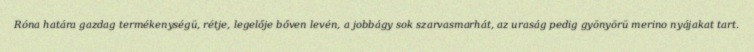
Róna határa gazdag termékenységü, rétje, legelője bőven levén, a jobbágy sok szarvasmarhát, az uraság pedig gyönyörü merino nyájakat tart.